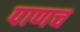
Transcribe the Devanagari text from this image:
पाणच